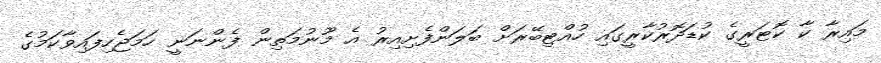
މައިރާ ކާ ކޮޓަރީގެ ކުޑަދޮރުކާރީގައި ހުއްޓިބޭރަށް ބަލަންފެށިއިރު އެ މޫނުމަތިން ފެންނަނީ ހަމަޖެހިފައިވާކަމުގެ